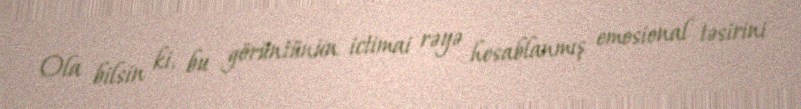
Ola bilsin ki, bu görüntünün ictimai rəyə hesablanmış emosional təsirini